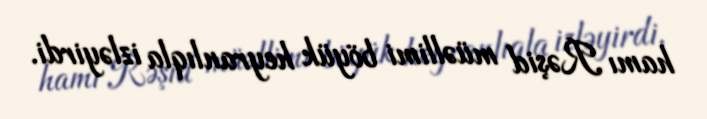
hamı Rəşid müəllimi böyük heyranlıqla izləyirdi.